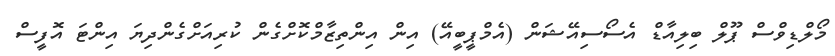
މޯލްޑިވްސް ޕޫލް ބިލިއާޑް އެސޯސިއޭޝަން (އެމްޕީބީއޭ) އިން އިންތިޒާމްކޮށްގެން ކުރިއަށްގެންދިޔަ އިންޓަ އޮފީސް